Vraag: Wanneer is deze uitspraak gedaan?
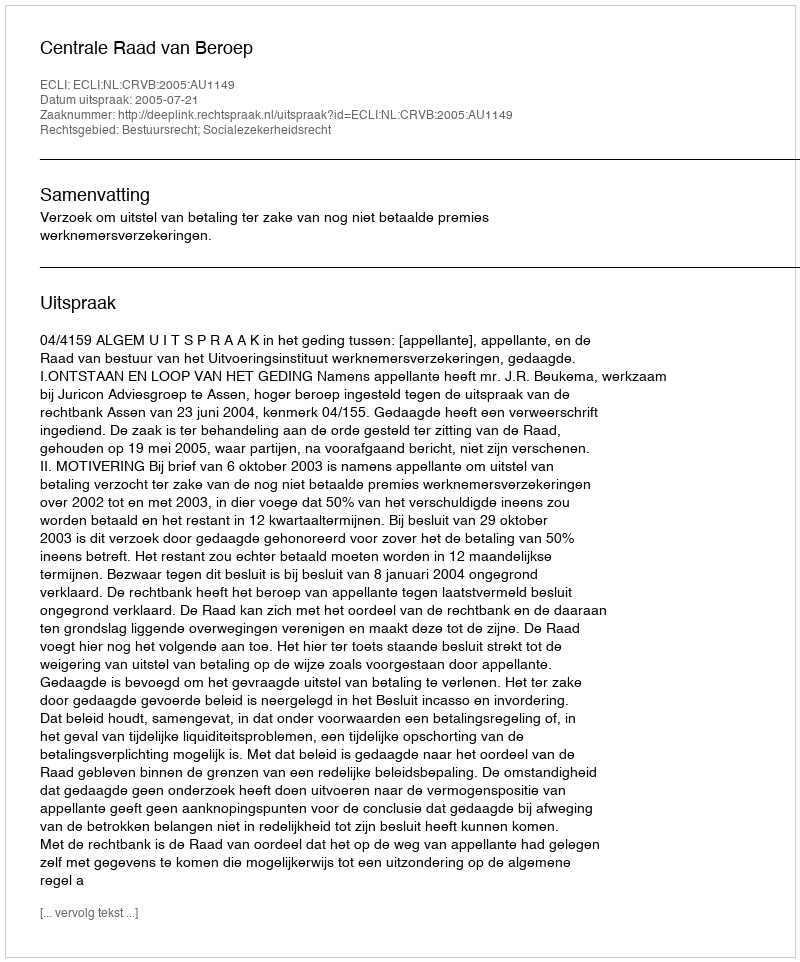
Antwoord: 2005-07-21